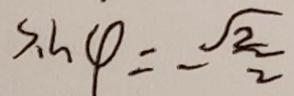
S _ { 1 } h _ { 4 } = - \frac { \sqrt { 2 } } { 2 }